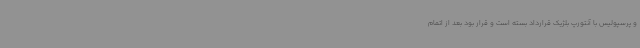
و پرسپولیس با آنتورپ بلژیک قرارداد بسته است و قرار بود بعد از اتمام